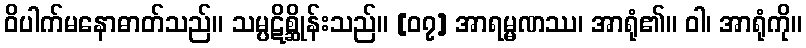
ဝိပါက်မနောဓာတ်သည်။ သမ္ပဋိစ္ဆိုန်းသည်။ [၀၇] အာရမ္မဏဿ၊ အာရုံ၏။ ဝါ၊ အာရုံကို။